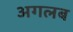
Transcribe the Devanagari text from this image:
अगलब